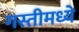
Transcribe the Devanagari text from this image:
गस्तीमध्ये